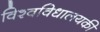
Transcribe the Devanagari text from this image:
विश्वविधालयकी